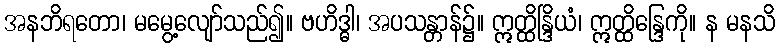
အနဘိရတော၊ မမွေ့လျော်သည်၍။ ဗဟိဒ္ဓါ၊ အပသန္တာန်၌။ ဣတ္ထိန္ဒြိယံ၊ ဣတ္ထိန္ဒြေကို။ န မနသိ